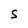
Character: S